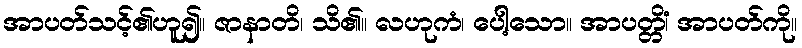
အာပတ်သင့်၏ဟူ၍။ ဇာနာတိ၊ သိ၏။ လဟုကံ၊ ပေါ့သော။ အာပတ္တိံ၊ အာပတ်ကို။